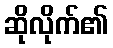
ဆိုလိုက်၏